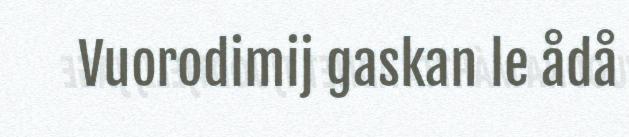
Vuorodimij gaskan le ådå